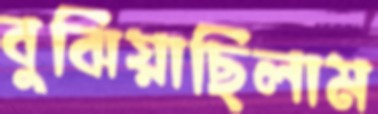
বুঝিয়াছিলাম